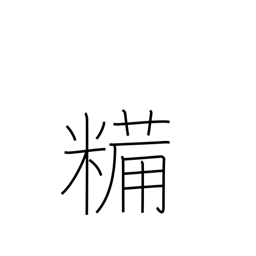
Meaning: dried boiled rice